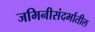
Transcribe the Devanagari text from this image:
जमिनीसंदर्भातील